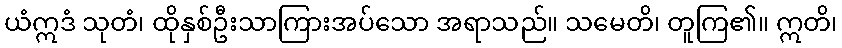
ယံဣဒံ သုတံ၊ ထိုနှစ်ဦးသာကြားအပ်သော အရာသည်။ သမေတိ၊ တူကြ၏။ ဣတိ၊